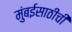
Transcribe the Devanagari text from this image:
मुंबईसाठीची